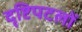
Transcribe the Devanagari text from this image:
दृष्टिपटलों